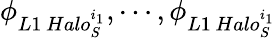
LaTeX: \phi_{L1\, Halo_{S}^{i_{1}}},\cdots,\phi_{L1\, Halo_{S}^{i_{1}}}